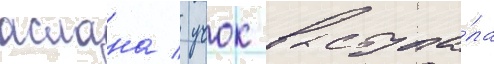
аслана / учок выступа́ла